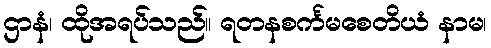
ဌာနံ၊ ထိုအရပ်သည်။ ရတနစင်္ကမစေတိယံ နာမ၊